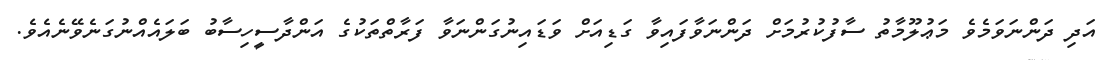
އަދި ދަންނަވަމެވެ މަޢުލޫމާތު ސާފުކުރުމަށް ދަންނަވާފައިވާ ގަޑިއަށް ވަޑައިނުގަންނަވާ ފަރާތްތަކުގެ އަންދާސީހިސާބު ބަލައެއްނުގަނެވޭނެއެވެ.